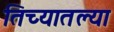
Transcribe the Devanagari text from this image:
तिच्यातल्या